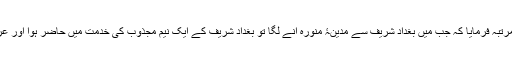
قطبِ مدینہ نے ایک مرتبہ فرمایا کہ جب میں بغداد شریف سے مدینۂ منورہ آنے لگا تو بغداد شریف کے ایک نیم مجذوب کی خدمت میں حاضر ہوا اور عرض کیا کہ حضرت !